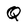
Character: Q